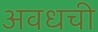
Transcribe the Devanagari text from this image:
अवधची